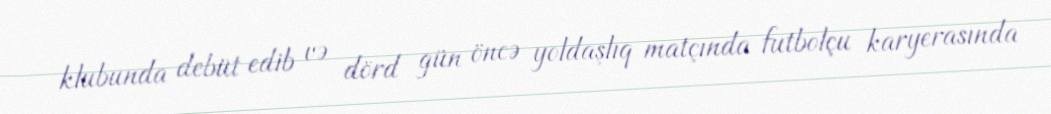
klubunda debüt edib və dörd gün öncə yoldaşlıq matçında futbolçu karyerasında